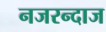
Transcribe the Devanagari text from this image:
नजरन्दाज